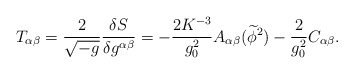
\begin{align*} T_{\alpha \beta } = \frac{2} {{\sqrt { -g}}}\frac{{\delta S}} {{\delta g^{\alpha \beta } }} =-\frac{2K^{-3}} {{g_0 ^2 }}A_{\alpha \beta}(\widetilde\phi^2)-\frac{2}{g_0^2}C_{\alpha\beta} .\end{align*}